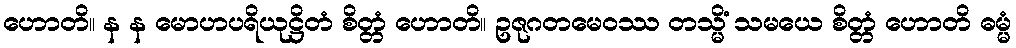
ဟောတိ။ န န မောဟပရိယုဋ္ဌိတံ စိတ္တံ ဟောတိ။ ဥဇုဂတမေဝဿ တသ္မိံ သမယေ စိတ္တံ ဟောတိ ဓမ္မံ